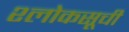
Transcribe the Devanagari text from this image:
श्लोकसूची